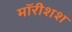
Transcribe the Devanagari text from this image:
मॉरीशश